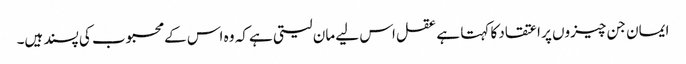
ایمان جن چیزوں پر اعتقاد کا کہتا ہے عقل اس لیے مان لیتی ہے کہ وہ اس کے محبوب کی پسند ہیں۔